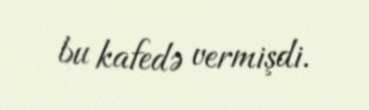
bu kafedə vermişdi.